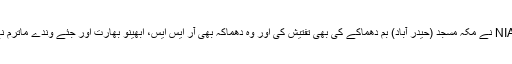
اسی طرح NIA نے مکہ مسجد (حیدر آباد) بم دھماکے کی بھی تفتیش کی اور وہ دھماکہ بھی آر ایس ایس، ابھینو بھارت اور جئے وندے ماترم نے ہی کئے۔